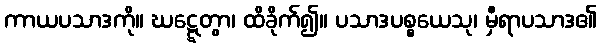
ကာယပသာဒကို။ ဃဋ္ဋေတွာ၊ ထိခိုက်၍။ ပသာဒပစ္စယေသု၊ မှီရာပသာဒ၏